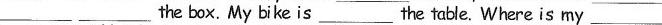
___ ___the box. My bi ke is___the table. Where is my ___